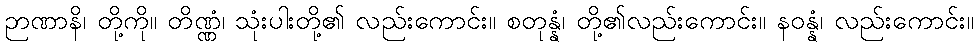
ဉာဏာနိ၊ တို့ကို။ တိဏ္ဏံ၊ သုံးပါးတို့၏ လည်းကောင်း။ စတုန္နံ၊ တို့၏လည်းကောင်း။ နဝန္နံ၊ လည်းကောင်း။